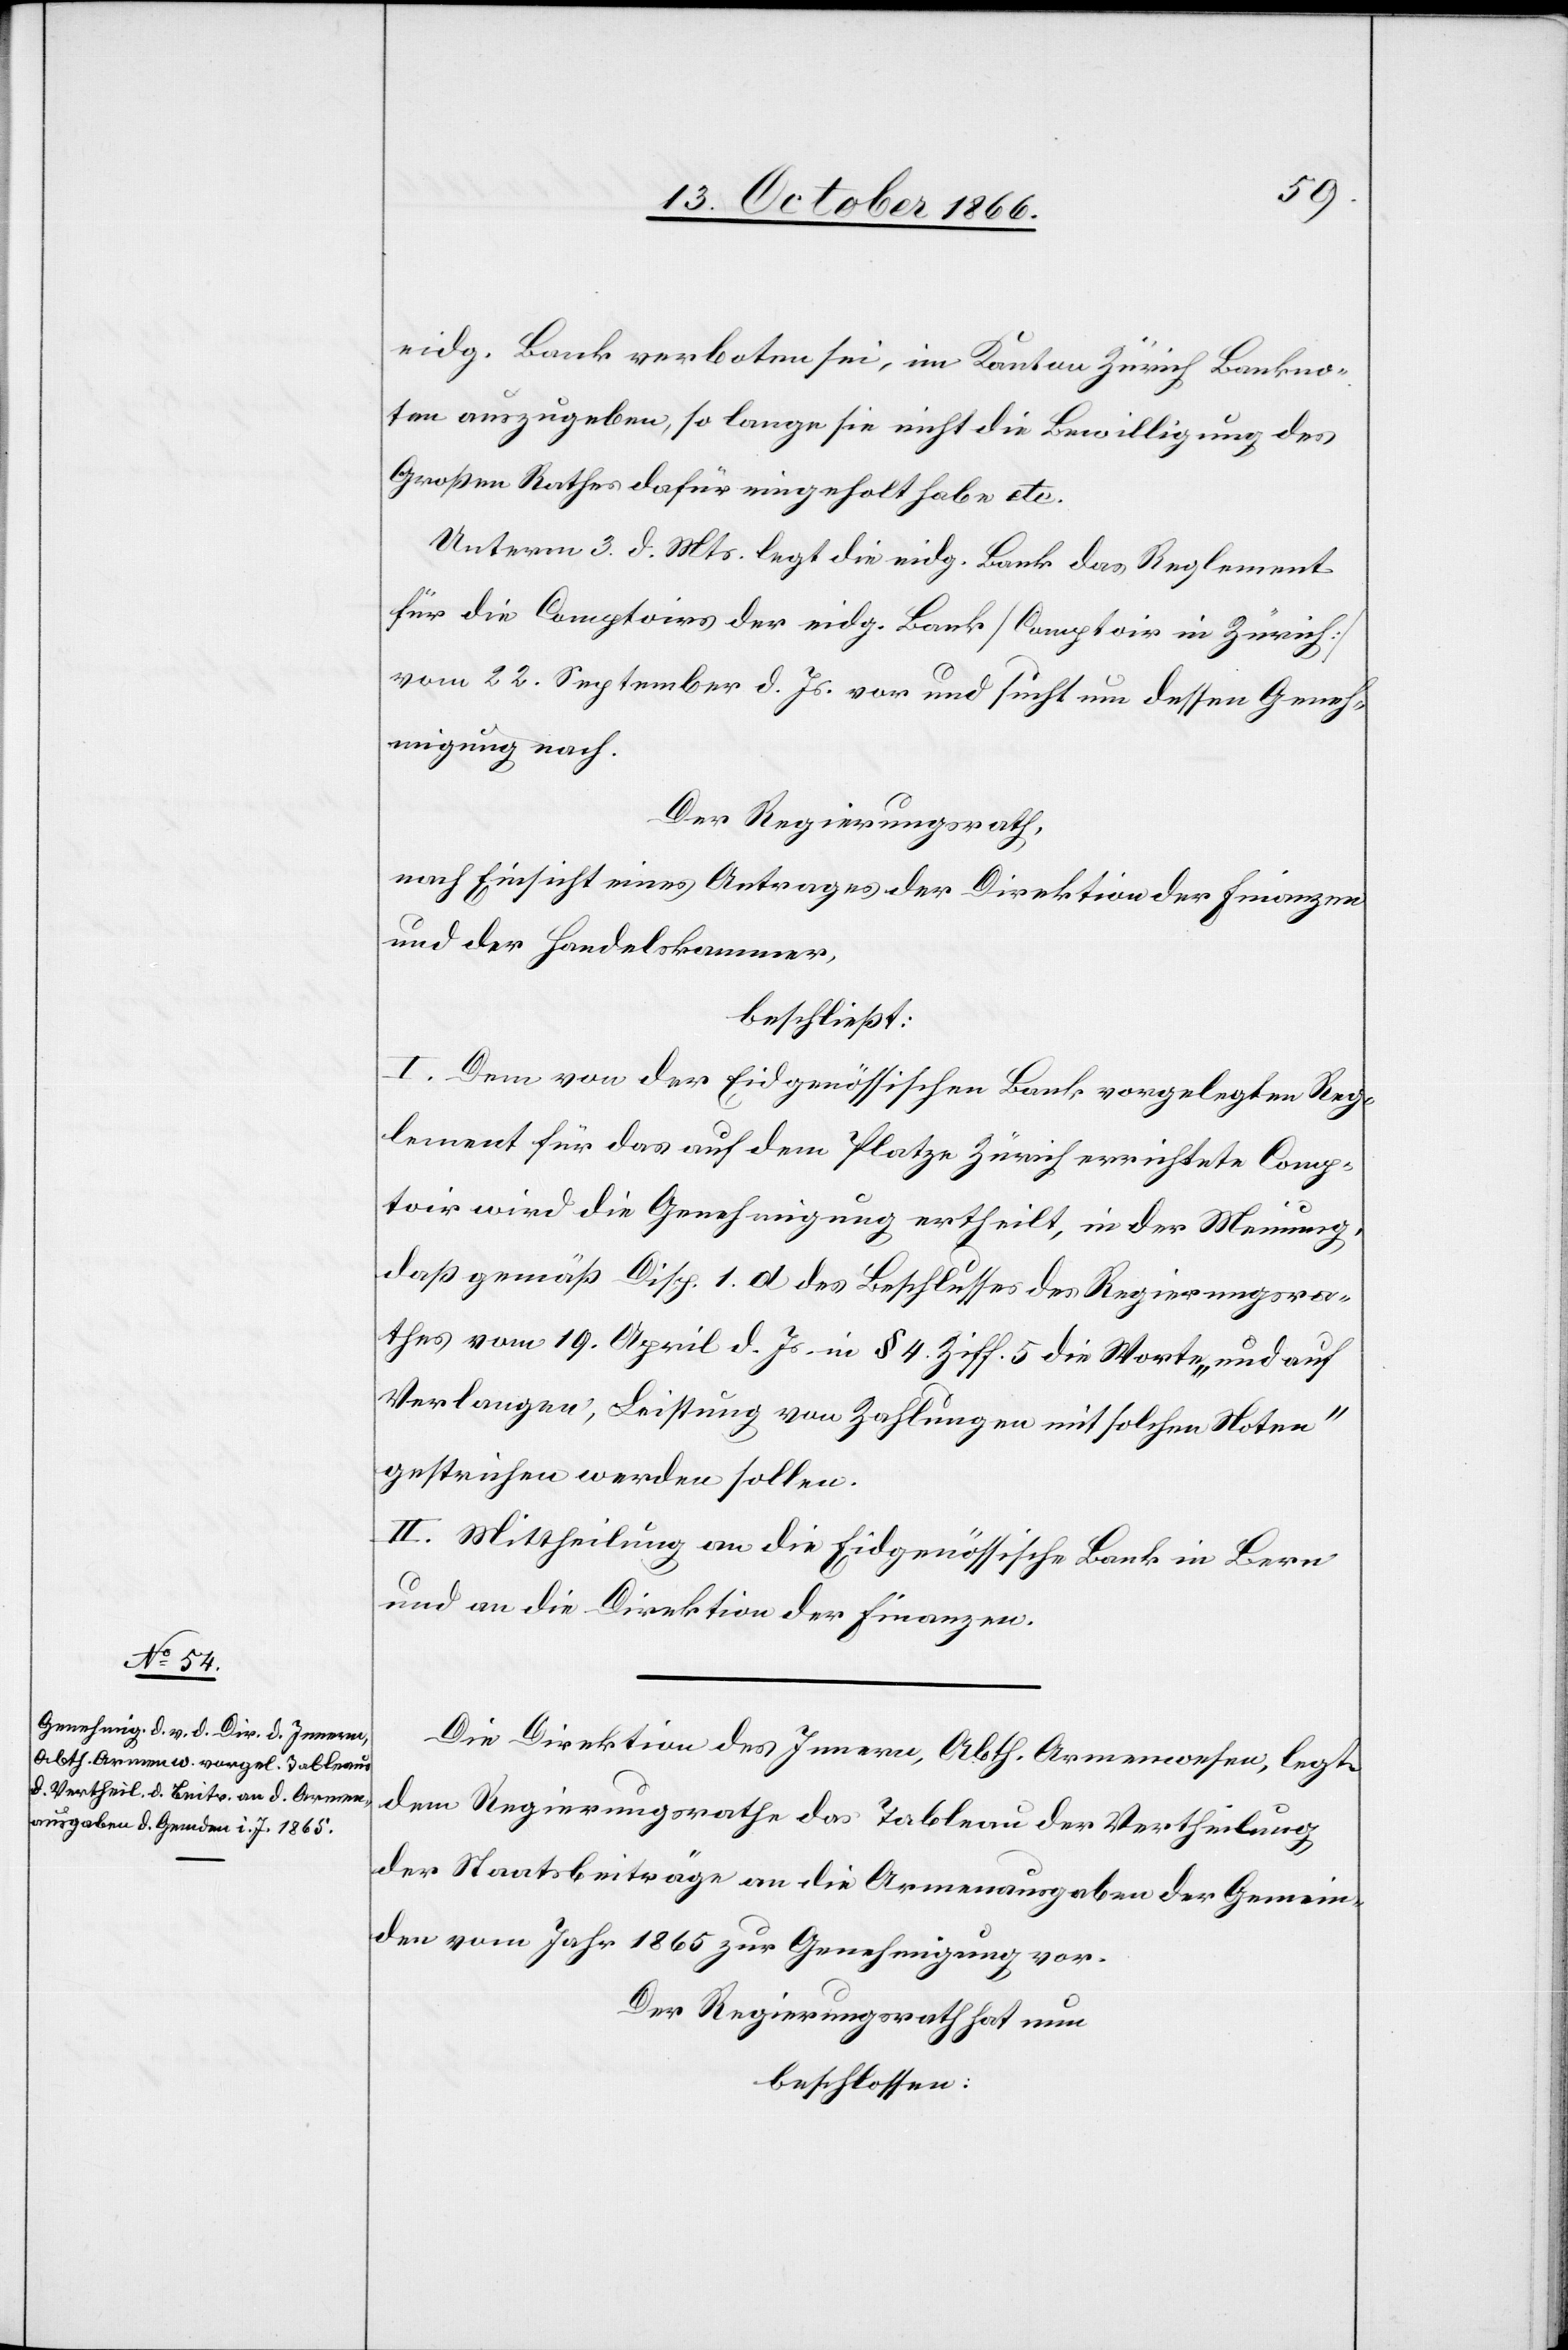
eidg. Bank verboten sei, im Kanton Zürich Bankno¬
ten auszugeben, so lange sie nicht die Bewilligung des
Großen Rathes dafür eingeholt habe etc.
Unterm 3. d. Mts. legt die eidg. Bank das Reglement
für die Comptoirs der eidg. Bank [Comptoir in Zürich]
vom 22. September d. Js. vor und sucht um dessen Geneh¬
migung nach.
Der Regierungsrath,
nach Einsicht eines Antrages der Direktion der Finanzen
und der Handelskammer,
beschließt:
I. Dem von der Eidgenössischen Bank vorgelegten Reg¬
lement für das auf dem Platze Zürich errichtete Comp¬
toir wird die Genehmigung ertheilt, in der Meinung,
daß gemäß Disp. 1. d des Beschlusses des Regierungsra¬
thes vom 19. April d. Js. in § 4. Ziff. 5 die Worte „und auf
Verlangen, Leistung von Zahlungen mit solchen Noten“
gestrichen werden sollen.
II. Mittheilung an die Eidgenössische Bank in Bern
und an die Direktion der Finanzen.
Die Direktion des Innern, Abth. Armenwesen, legt
dem Regierungsrathe das Tableau der Vertheilung
der Staatsbeiträge an die Armenausgaben der Gemein¬
den vom Jahr 1865 zur Genehmigung vor.
Der Regierungsrath hat nun
beschlossen: